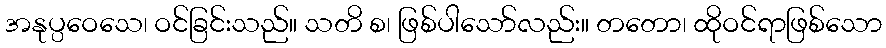
အနုပ္ပဝေသေ၊ ဝင်ခြင်းသည်။ သတိ စ၊ ဖြစ်ပါသော်လည်း။ တတော၊ ထိုဝင်ရာဖြစ်သော